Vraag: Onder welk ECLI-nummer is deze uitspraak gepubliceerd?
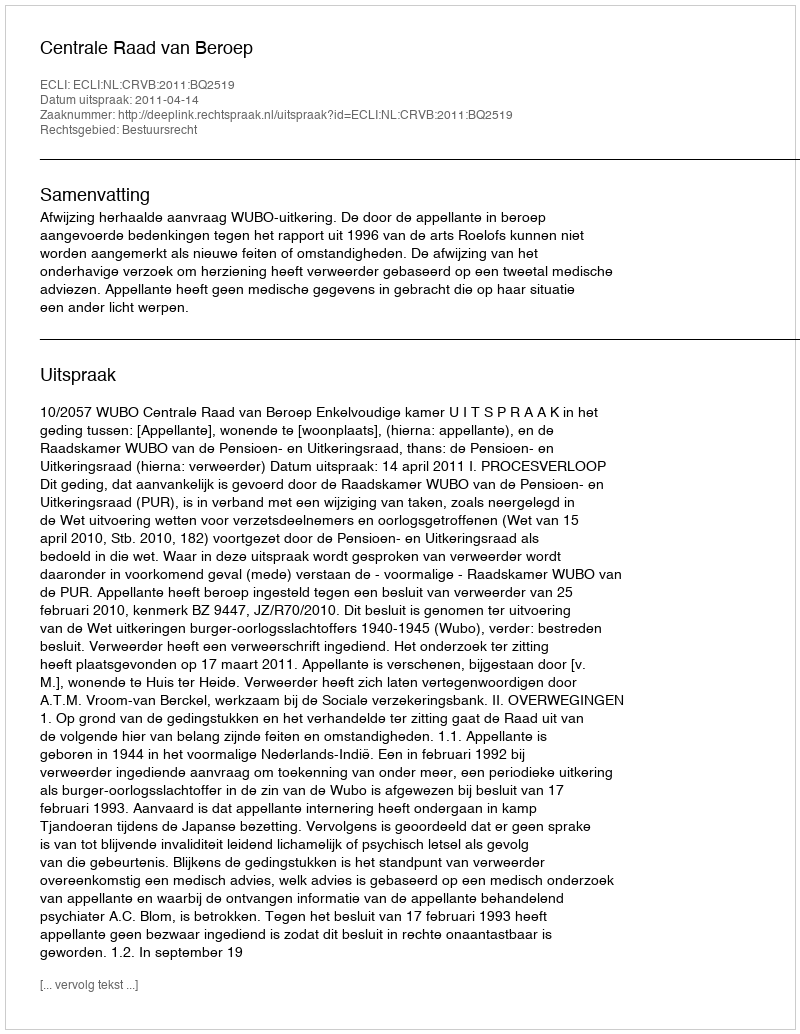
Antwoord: ECLI:NL:CRVB:2011:BQ2519